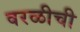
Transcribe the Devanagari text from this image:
वरळीची